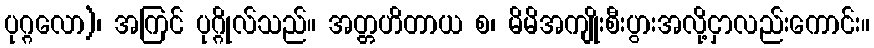
ပုဂ္ဂလော)၊ အကြင် ပုဂ္ဂိုလ်သည်။ အတ္တဟိတာယ စ၊ မိမိအကျိုးစီးပွားအလို့ငှာလည်းကောင်း။